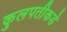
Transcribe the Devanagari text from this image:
कुलपतीकडे